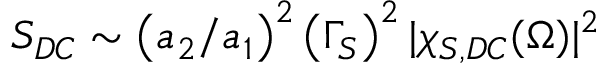
S _ { D C } \sim \left( a _ { 2 } / a _ { 1 } \right) ^ { 2 } \left( \Gamma _ { S } \right) ^ { 2 } | \chi _ { S , D C } ( \Omega ) | ^ { 2 }